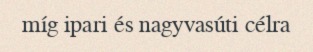
míg ipari és nagyvasúti célra